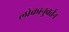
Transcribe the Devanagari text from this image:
लोकानुवर्तन